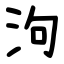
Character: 泃